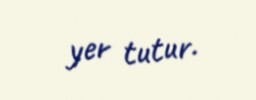
yer tutur.